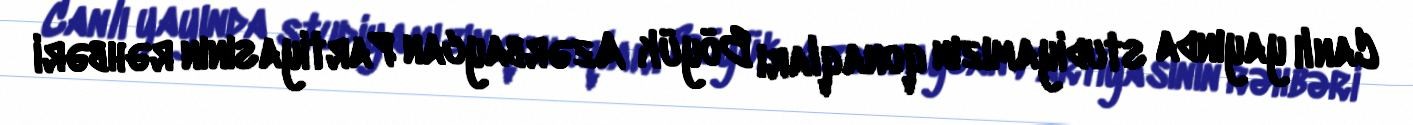
Canlı yayında studiyamızın qonaqları Böyük Azərbaycan Partiyasının rəhbəri